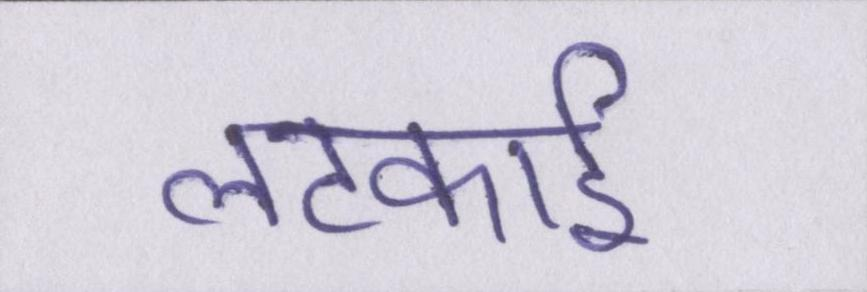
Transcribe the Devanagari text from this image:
लटकाई